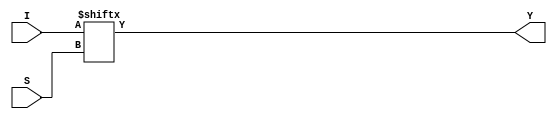
module multiplexer(I,S,Y);
input [7:0] I;
input [2:0] S;
output Y;
assign Y = I[S];
endmodule